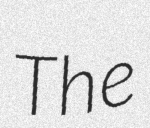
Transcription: The